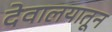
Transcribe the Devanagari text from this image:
देवालयातून